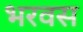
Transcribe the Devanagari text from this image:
भरवस